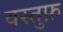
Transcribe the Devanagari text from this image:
वस्तुफ़